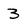
Character: 3